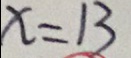
x = 1 3